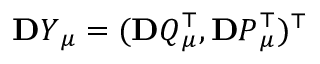
\ensuremath { \mathbf Ḋ Y Ḍ } _ { \ensuremath Ḋ \boldsymbol Ḋ \mu Ḍ Ḍ } = ( \ensuremath { \mathbf Ḋ Q Ḍ } _ { \ensuremath Ḋ \boldsymbol Ḋ \mu Ḍ Ḍ } ^ { \top } , \ensuremath { \mathbf Ḋ P Ḍ } _ { \ensuremath Ḋ \boldsymbol Ḋ \mu Ḍ Ḍ } ^ { \top } ) ^ { \top }